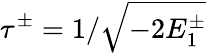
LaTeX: \tau^{\pm}=1/\sqrt{-2E_{1}^{\pm}}